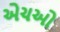
એચઓ